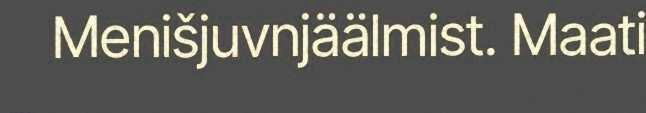
Menišjuvnjäälmist. Maati